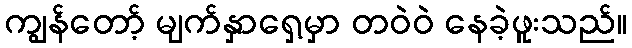
ကျွန်တော့် မျက်နှာရှေ့မှာ တဝဲဝဲ နေခဲ့ဖူးသည်။